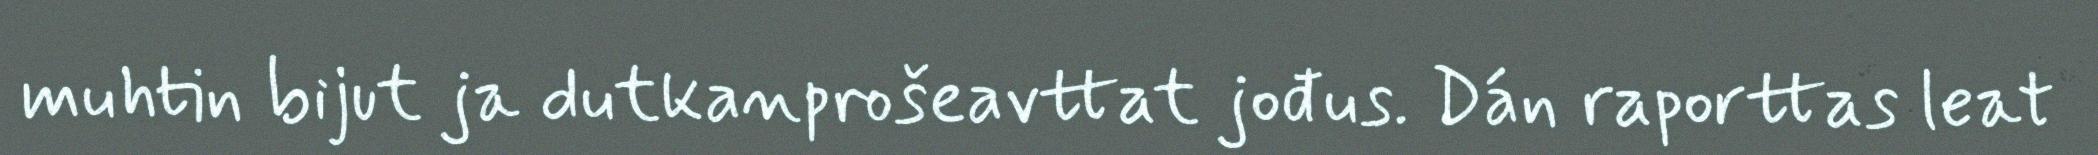
muhtin bijut ja dutkanprošeavttat jođus. Dán raporttas leat